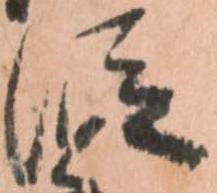
従